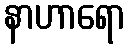
နာဟာရော